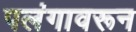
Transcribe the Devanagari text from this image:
पलंगावरून